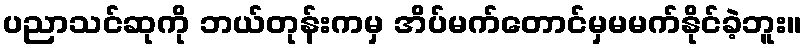
ပညာသင်ဆုကို ဘယ်တုန်းကမှ အိပ်မက်တောင်မှမမက်နိုင်ခဲ့ဘူး။